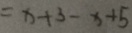
= x + 3 - x + 5